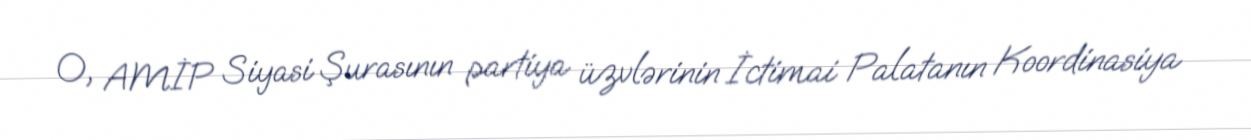
O, AMİP Siyasi Şurasının partiya üzvlərinin İctimai Palatanın Koordinasiya